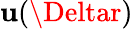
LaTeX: \mathbf{u}(\Deltar)